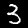
Digit: 3